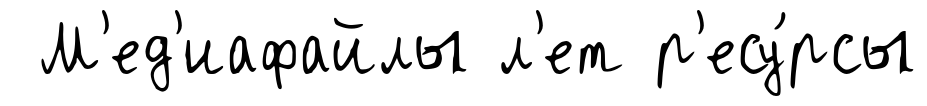
М'ед'иафайлы л'ет р'есу́рсы